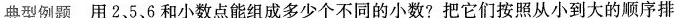
典型例题用2，5、6和小数点能组成多少个不同的小数?把它们按照从小到大的顺序排